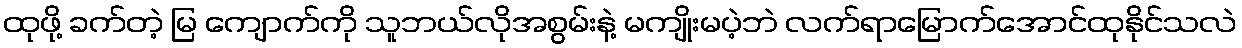
ထုဖို့ ခက်တဲ့ မြ ကျောက်ကို သူဘယ်လိုအစွမ်းနဲ့ မကျိုးမပဲ့ဘဲ လက်ရာမြောက်အောင်ထုနိုင်သလဲ